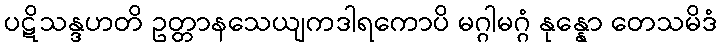
ပဋိသန္ဒဟတိ ဥတ္တာနသေယျကဒါရကောပိ မဂ္ဂါမဂ္ဂံ နုန္နော တေသမိဒံ